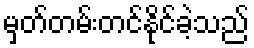
မှတ်တမ်းတင်နိုင်ခဲ့သည်